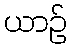
ယာဉ်